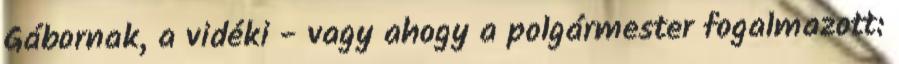
Gábornak, a vidéki - vagy ahogy a polgármester fogalmazott: